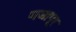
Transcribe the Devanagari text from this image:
गजापूर